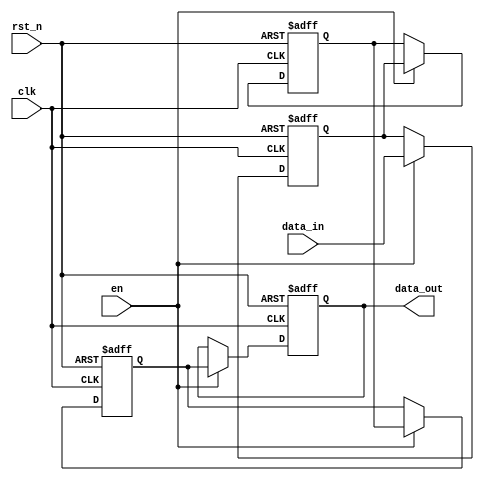
module pipeline_buffer #(
    parameter DEPTH = 4,    // Number of pipeline stages
    parameter WIDTH = 8     // Bit-width of the data
)(
    input wire clk,         // Clock signal
    input wire rst_n,      // Asynchronous active-low reset
    input wire en,         // Enable signal for data loading
    input wire [WIDTH-1:0] data_in,  // Data input
    output wire [WIDTH-1:0] data_out  // Data output
);

    // Pipeline registers
    reg [WIDTH-1:0] regs [0:DEPTH-1];

    // Sequential logic to capture data on clock edge
    integer i;
    always @(posedge clk or negedge rst_n) begin
        if (!rst_n) begin
            // Reset all pipeline registers
            for (i = 0; i < DEPTH; i = i + 1) begin
                regs[i] <= 0;
            end
        end else if (en) begin
            // Shift data through the pipeline
            for (i = DEPTH-1; i > 0; i = i - 1) begin
                regs[i] <= regs[i-1];
            end
            // Load new data into the first stage
            regs[0] <= data_in;
        end
    end

    // Output the data from the last stage
    assign data_out = regs[DEPTH-1];

endmodule